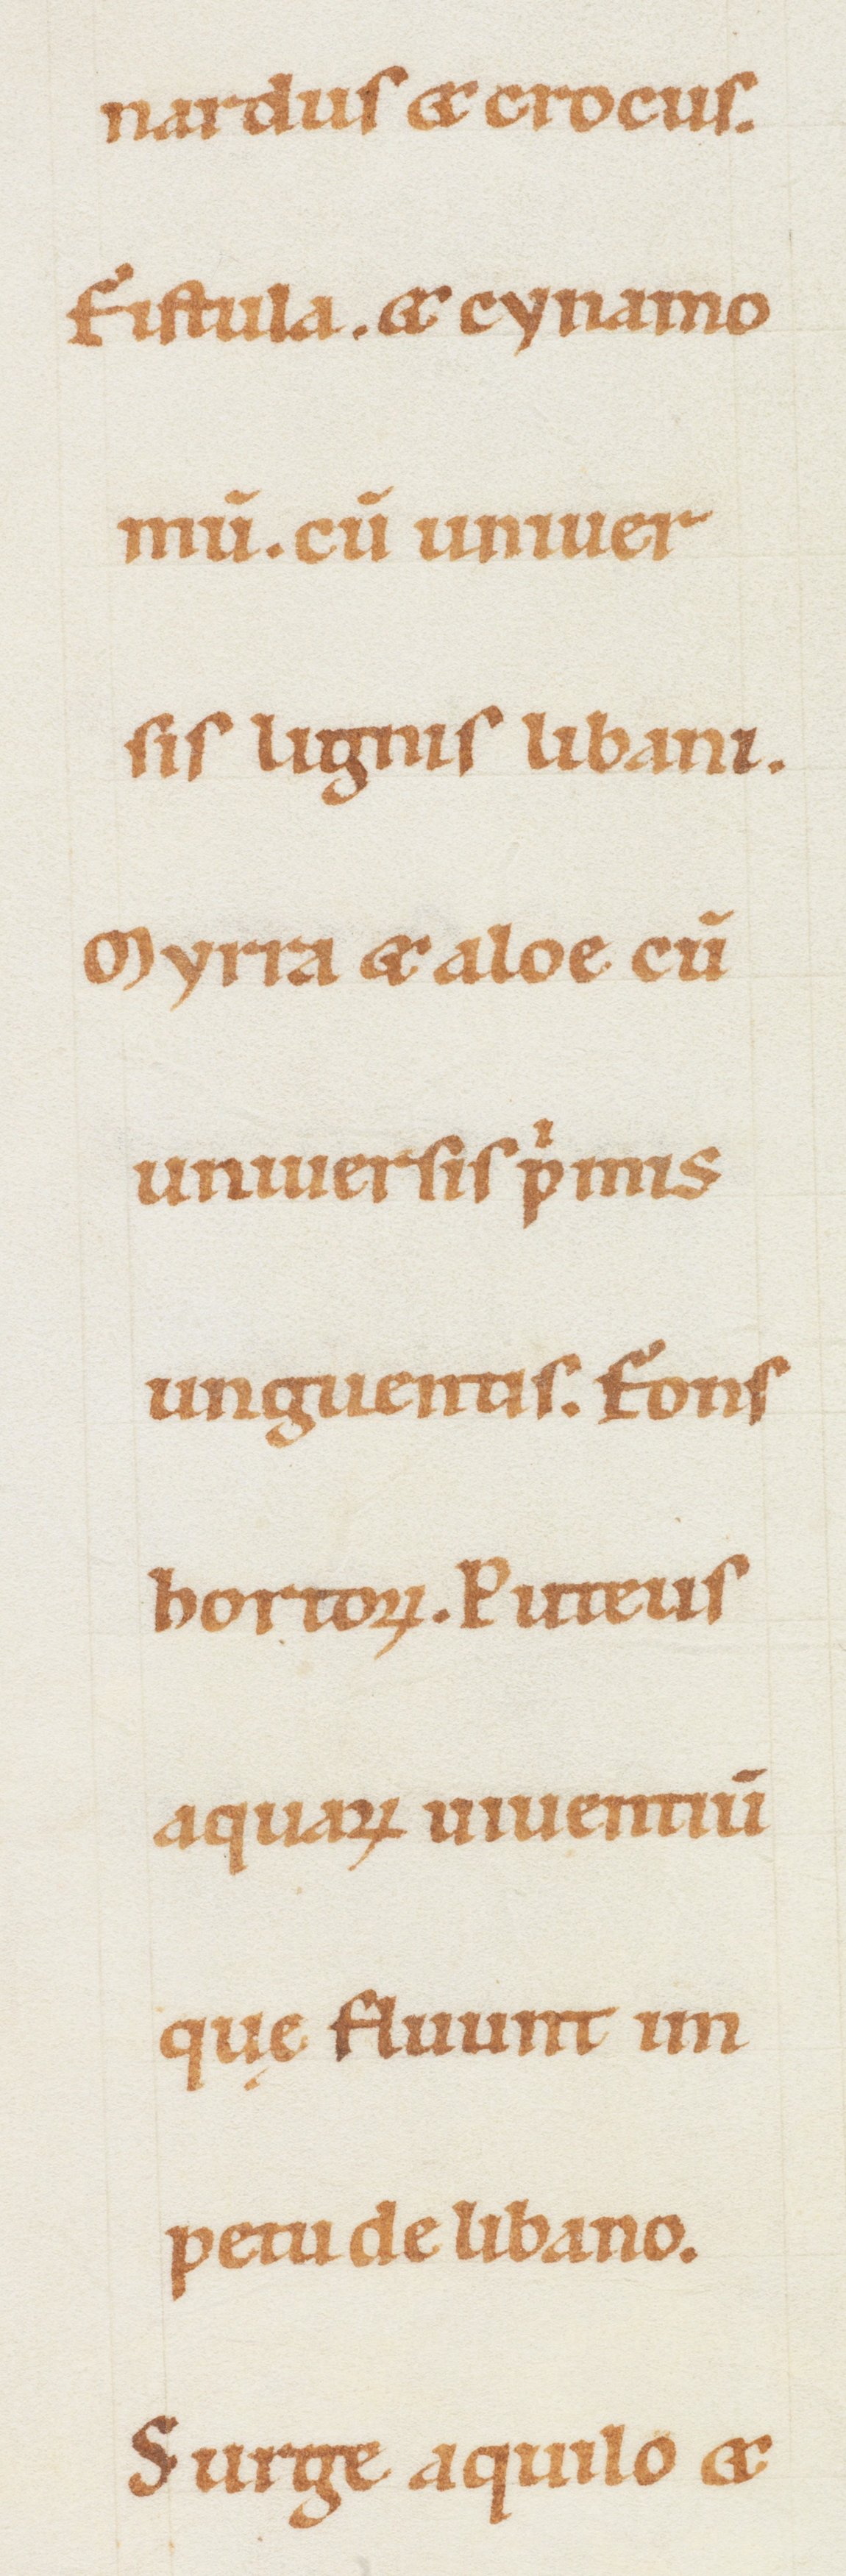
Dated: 1100–1199